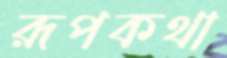
রূপকথা